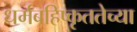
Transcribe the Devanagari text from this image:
धर्मबहिष्कृततेच्या